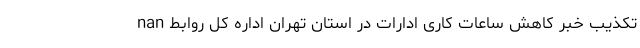
nan تکذیب خبر کاهش ساعات کاری ادارات در استان تهران اداره کل روابط